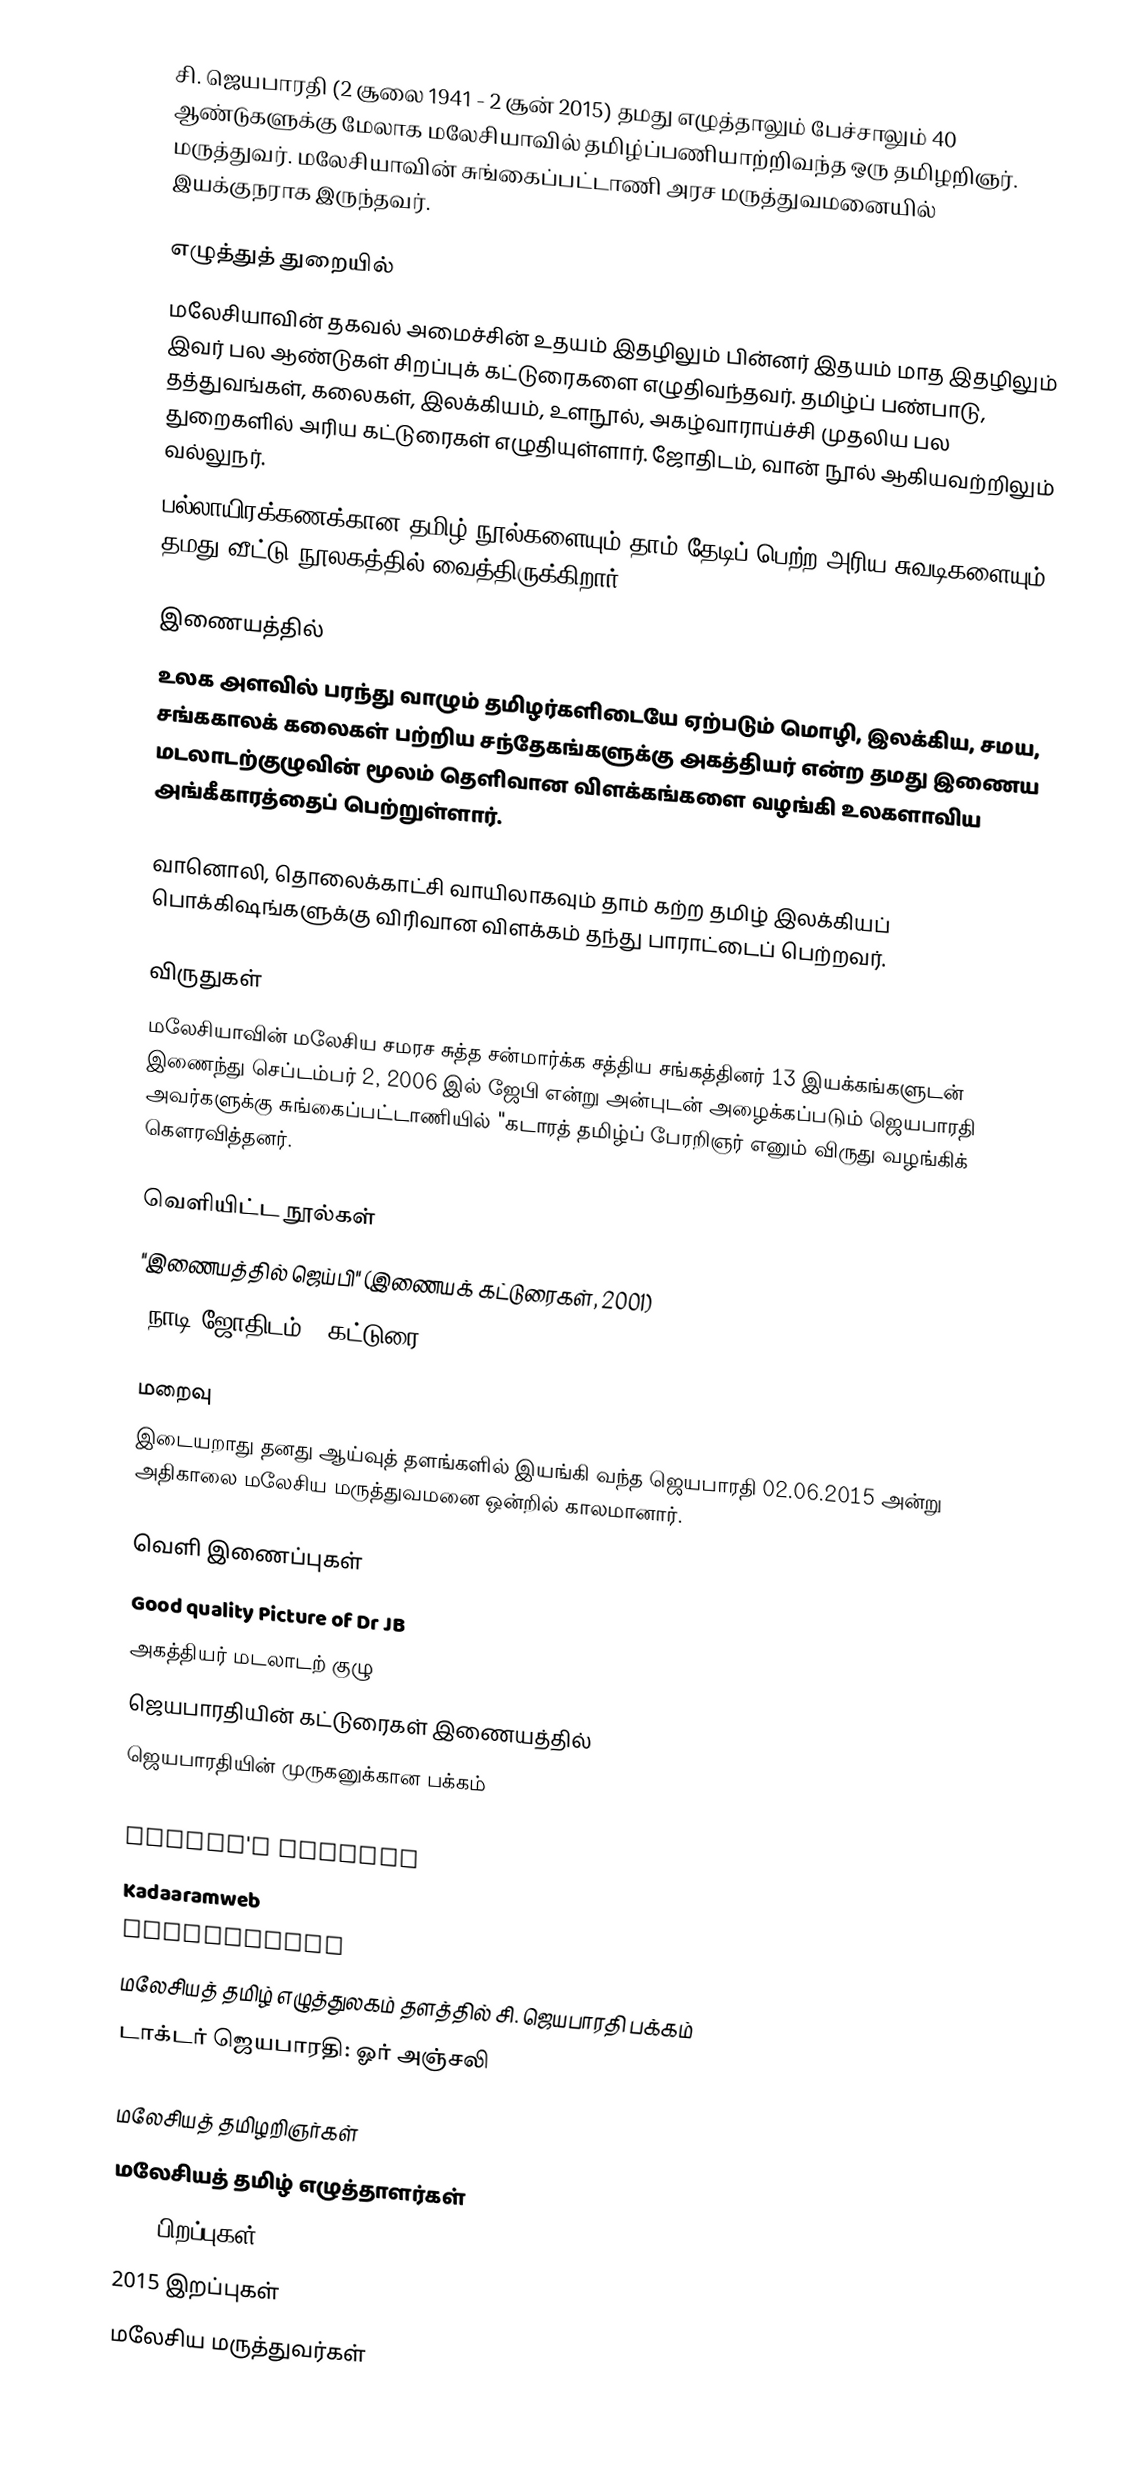
சி. ஜெயபாரதி (2 சூலை 1941 - 2 சூன் 2015) தமது எழுத்தாலும் பேச்சாலும் 40 ஆண்டுகளுக்கு மேலாக மலேசியாவில் தமிழ்ப்பணியாற்றிவந்த ஒரு தமிழறிஞர். மருத்துவர். மலேசியாவின் சுங்கைப்பட்டாணி அரச மருத்துவமனையில் இயக்குநராக இருந்தவர்.

எழுத்துத் துறையில்
மலேசியாவின் தகவல் அமைச்சின் உதயம் இதழிலும் பின்னர் இதயம் மாத இதழிலும் இவர் பல ஆண்டுகள் சிறப்புக் கட்டுரைகளை எழுதிவந்தவர். தமிழ்ப் பண்பாடு, தத்துவங்கள், கலைகள், இலக்கியம், உளநூல், அகழ்வாராய்ச்சி முதலிய பல துறைகளில் அரிய கட்டுரைகள் எழுதியுள்ளார். ஜோதிடம், வான் நூல் ஆகியவற்றிலும் வல்லுநர்.
பல்லாயிரக்கணக்கான தமிழ் நூல்களையும் தாம் தேடிப் பெற்ற அரிய சுவடிகளையும் தமது வீட்டு நூலகத்தில் வைத்திருக்கிறார்.

இணையத்தில்
உலக அளவில் பரந்து வாழும் தமிழர்களிடையே ஏற்படும் மொழி, இலக்கிய, சமய, சங்ககாலக் கலைகள் பற்றிய சந்தேகங்களுக்கு அகத்தியர் என்ற தமது இணைய மடலாடற்குழுவின் மூலம் தெளிவான விளக்கங்களை வழங்கி உலகளாவிய அங்கீகாரத்தைப் பெற்றுள்ளார்.

வானொலி, தொலைக்காட்சி வாயிலாகவும் தாம் கற்ற தமிழ் இலக்கியப் பொக்கிஷங்களுக்கு விரிவான விளக்கம் தந்து பாராட்டைப் பெற்றவர்.

விருதுகள்
மலேசியாவின் மலேசிய சமரச சுத்த சன்மார்க்க சத்திய சங்கத்தினர் 13 இயக்கங்களுடன் இணைந்து செப்டம்பர் 2, 2006 இல் ஜேபி என்று அன்புடன் அழைக்கப்படும் ஜெயபாரதி அவர்களுக்கு சுங்கைப்பட்டாணியில் "கடாரத் தமிழ்ப் பேரறிஞர் எனும் விருது வழங்கிக் கௌரவித்தனர்.

வெளியிட்ட நூல்கள்
 "இணையத்தில் ஜெய்பி" (இணையக் கட்டுரைகள், 2001)
 "நாடி ஜோதிடம்" (கட்டுரை, 2002)

மறைவு
இடையறாது தனது ஆய்வுத் தளங்களில் இயங்கி வந்த ஜெயபாரதி 02.06.2015 அன்று அதிகாலை மலேசிய மருத்துவமனை ஒன்றில் காலமானார்.

வெளி இணைப்புகள்
 Good quality Picture of Dr JB
 அகத்தியர் மடலாடற் குழு
 ஜெயபாரதியின் கட்டுரைகள் இணையத்தில்
 ஜெயபாரதியின் முருகனுக்கான பக்கம்
 JAYBEE'S NOTEBOOK
 JayBee's Trident
 Kadaaramweb
 Kadaaramnet
 மலேசியத் தமிழ் எழுத்துலகம் தளத்தில் சி. ஜெயபாரதி பக்கம்
 டாக்டர் ஜெயபாரதி: ஓர் அஞ்சலி

மலேசியத் தமிழறிஞர்கள்
மலேசியத் தமிழ் எழுத்தாளர்கள்
1941 பிறப்புகள்
2015 இறப்புகள்
மலேசிய மருத்துவர்கள்